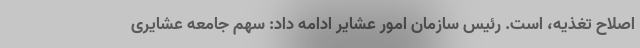
اصلاح تغذیه، است. رئیس سازمان امور عشایر ادامه داد: سهم جامعه عشایری